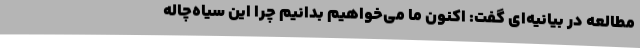
مطالعه در بیانیه‌ای گفت: اکنون ما می‌خواهیم بدانیم چرا این سیاه‌چاله